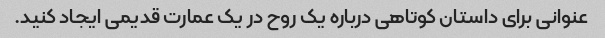
عنوانی برای داستان کوتاهی درباره یک روح در یک عمارت قدیمی ایجاد کنید.